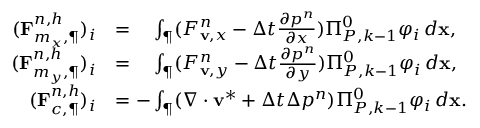
\begin{array} { r l } { ( \mathbf { F } _ { m _ { x } , \P } ^ { n , h } ) _ { i } } & { = \phantom { - } \int _ { \P } ( F _ { \mathbf { v } , x } ^ { n } - \Delta t \frac { \partial p ^ { n } } { \partial x } ) \Pi _ { { P } , k - 1 } ^ { 0 } \varphi _ { i } \, d \mathbf { x } , } \\ { ( \mathbf { F } _ { m _ { y } , \P } ^ { n , h } ) _ { i } } & { = \phantom { - } \int _ { \P } ( F _ { \mathbf { v } , y } ^ { n } - \Delta t \frac { \partial p ^ { n } } { \partial y } ) \Pi _ { { P } , k - 1 } ^ { 0 } \varphi _ { i } \, d \mathbf { x } , } \\ { ( \mathbf { F } _ { c , \P } ^ { n , h } ) _ { i } } & { = - \int _ { \P } ( \nabla \cdot \mathbf { v } ^ { \ast } + \Delta t \Delta p ^ { n } ) \Pi _ { { P } , k - 1 } ^ { 0 } \varphi _ { i } \, d \mathbf { x } . } \end{array}